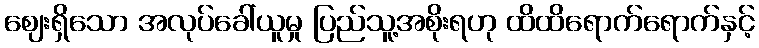
ဈေးရှိသော အလုပ်ခေါ်ယူမှု ပြည်သူ့အစိုးရဟု ထိထိရောက်ရောက်နှင့်